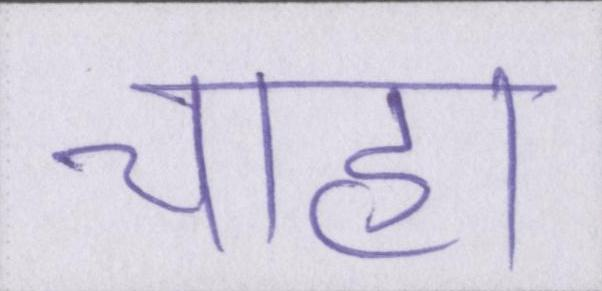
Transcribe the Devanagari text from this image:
चाहा